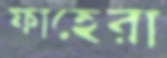
ফাহেরা